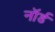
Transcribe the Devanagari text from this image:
नॉर्ड